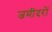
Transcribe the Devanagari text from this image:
जमींदरों